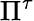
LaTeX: \Pi^{\tau}